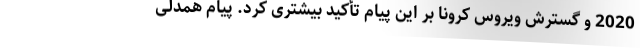
2020 و گسترش ویروس کرونا بر این پیام تأکید بیشتری کرد. پیام همدلی